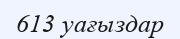
613 уағыздар